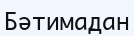
Бәтимадан